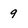
Character: 9